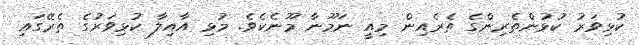
ކުޅިވަރު ކުޅުންތެރިންގެ ތެރެއިން މިއީ ނަމޫނާ މޫނެކެވެ. މުޅި އާއިލާ ކުޅިވަރުގެ ތެރޭގައި